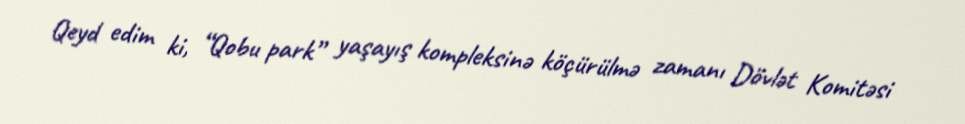
Qeyd edim ki, “Qobu park” yaşayış kompleksinə köçürülmə zamanı Dövlət Komitəsi